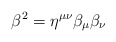
\begin{align*}\beta^2 = \eta^{\mu\nu}\beta_\mu\beta_\nu \end{align*}